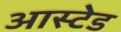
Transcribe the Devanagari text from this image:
आस्टेड